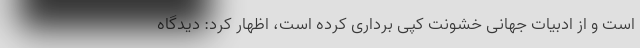
است و از ادبیات جهانی خشونت کپی برداری کرده است، اظهار کرد: دیدگاه